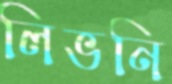
লিভনি